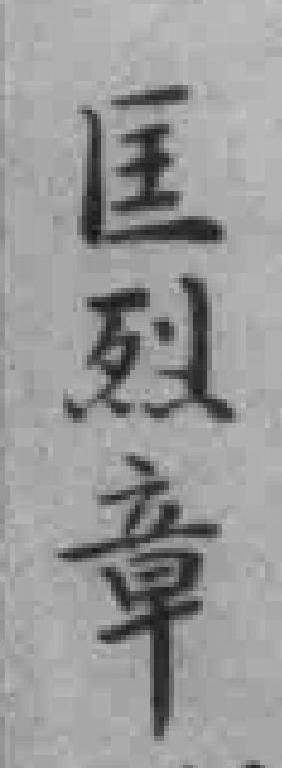
匡烈章